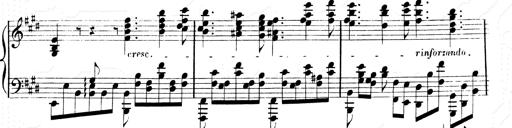
Title: 2 Transcriptions d'aprÃ¨s Rossini
Composer: Franz Liszt